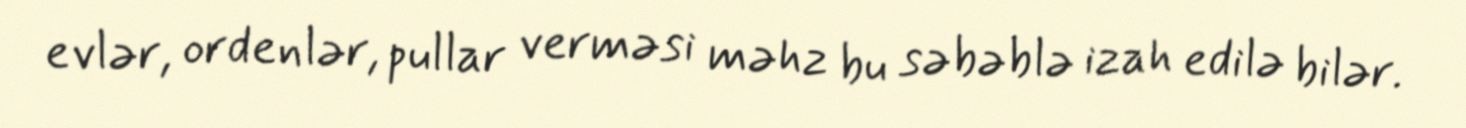
evlər, ordenlər, pullar verməsi məhz bu səbəblə izah edilə bilər.